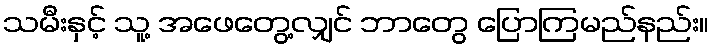
သမီးနှင့် သူ့ အဖေတွေ့လျှင် ဘာတွေ ပြောကြမည်နည်း။